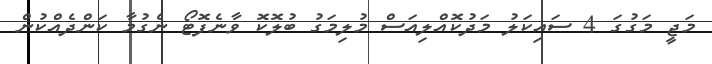
މަޖީ މަގުގަ 4 ސަައިކަލު މަދުކޮއްލިއަސް މުލިމަގު ބުލޮކޮ ވާނެފޮޓޯ ނެގުމާ ކަންދެއްކުން